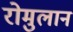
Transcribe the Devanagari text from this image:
रोमुलान